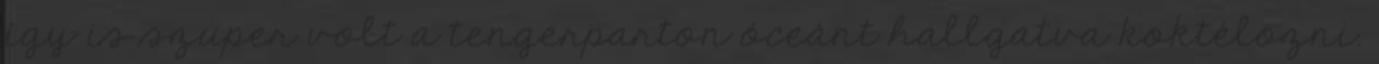
így is szuper volt a tengerparton óceánt hallgatva koktélozni.